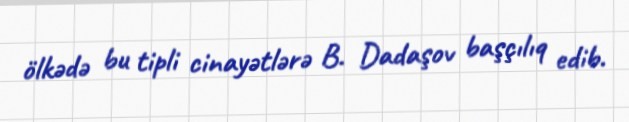
ölkədə bu tipli cinayətlərə B. Dadaşov başçılıq edib.